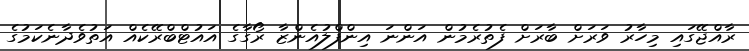
ރާއްޖޭގައި މިހާރު ވަރަށް ބާރަށް ފެތުރެމުން އަންނަ އިންފްލުއެންޒާ ރޯގާގެ އައުޓްބްރޭކެއް އަތުވެދާނެކަމުގެ